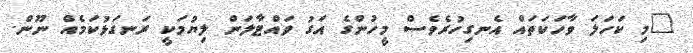
"މި ކަހަލަ ވާހަކަތައް އެނގިހުރެވެސް މީހުންގެ އަގު ވައްޓާލަން ލިޔުމަކީ ރަނގަޅުކަމެއް ނޫން.